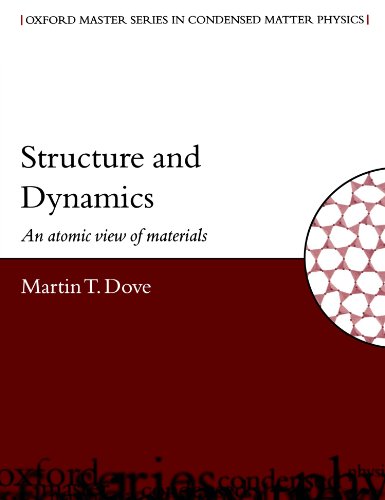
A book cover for Structure and Dynamics: An Atomic View of Materials (Oxford Master Series in Physics); Martin T. Dove; Science & Math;